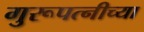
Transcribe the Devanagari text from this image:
गुरूपत्नीच्या